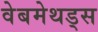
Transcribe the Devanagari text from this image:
वेबमेथड्स